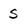
Character: S